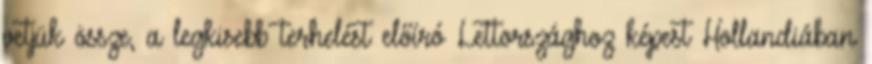
vetjük össze, a legkisebb terhelést előíró Lettországhoz képest Hollandiában